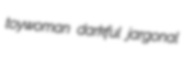
toywoman darkful jargonal